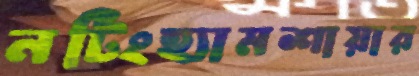
নটিংহ্যামশায়ার